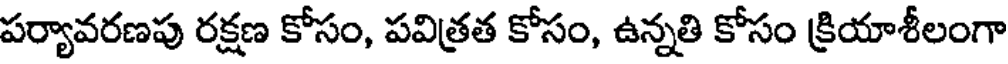
పర్యావరణపు రక్షణ కోసం, పవిత్రత కోసం, ఉన్నతి కోసం క్రియాశీలంగా